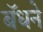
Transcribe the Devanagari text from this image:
बॅधने